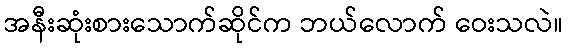
အနီးဆုံးစားသောက်ဆိုင်က ဘယ်လောက် ဝေးသလဲ။